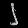
Digit: ၂